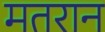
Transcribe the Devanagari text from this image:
मतरान